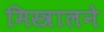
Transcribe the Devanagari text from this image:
मिस्त्रालने